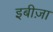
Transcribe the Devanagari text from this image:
इबीज़ा